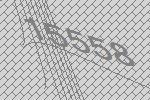
15558